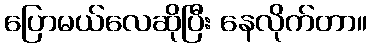
ပြောမယ်လေဆိုပြီး နေလိုက်တာ။